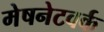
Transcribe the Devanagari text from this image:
मेषनेटवर्क